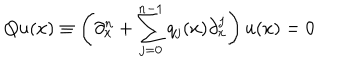
Q u ( x ) \equiv \left( \partial _ { x } ^ { n } + \sum _ { j = 0 } ^ { n - 1 } q _ { j } ( x ) \partial _ { x } ^ { j } \right) u ( x ) = 0